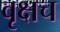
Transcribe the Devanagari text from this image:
वृक्षच